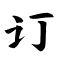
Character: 订